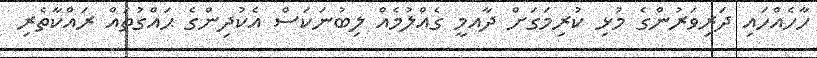
ހާހެއްހައި ދަރިވަރުންގެ މުޅި ކުރިމަގަށް ދާއމީ ގެއްލުމެއް ލިބުނަކަސް އެކުދިންގެ ޙައްގުތައް ރައްކާތެރި